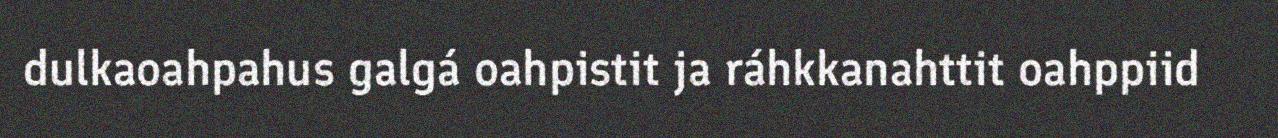
dulkaoahpahus galgá oahpistit ja ráhkkanahttit oahppiid